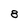
Character: 8